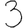
Digit: 3